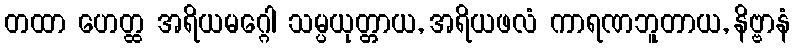
တထာ ဟေတ္ထ အရိယမဂ္ဂေါ သမ္ပယုတ္တာယ, အရိယဖလံ ကာရဏဘူတာယ, နိဗ္ဗာနံ